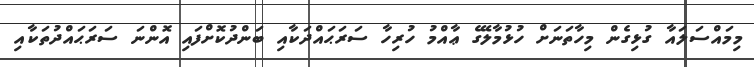
މިމައްސަލައާ ގުޅިގެން މިހާތަނަށް ހުޅުމާލޭގެ ޢާއްމު ހުރިހާ ސަރަޙައްދަކާއި ބަންދުކޮށްފައި އޮންނަ ސަރަޙައްދުތަކާއި